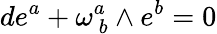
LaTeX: de^{a}+\omega_{\ b}^{a}\wedge e^{b}=0